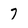
Character: 7